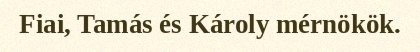
Fiai, Tamás és Károly mérnökök.